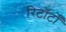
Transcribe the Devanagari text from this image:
रिटॉर्टों